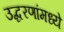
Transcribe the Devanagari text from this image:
उद्धरणांमध्ये